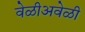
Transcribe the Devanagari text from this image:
वेळीअवेळी